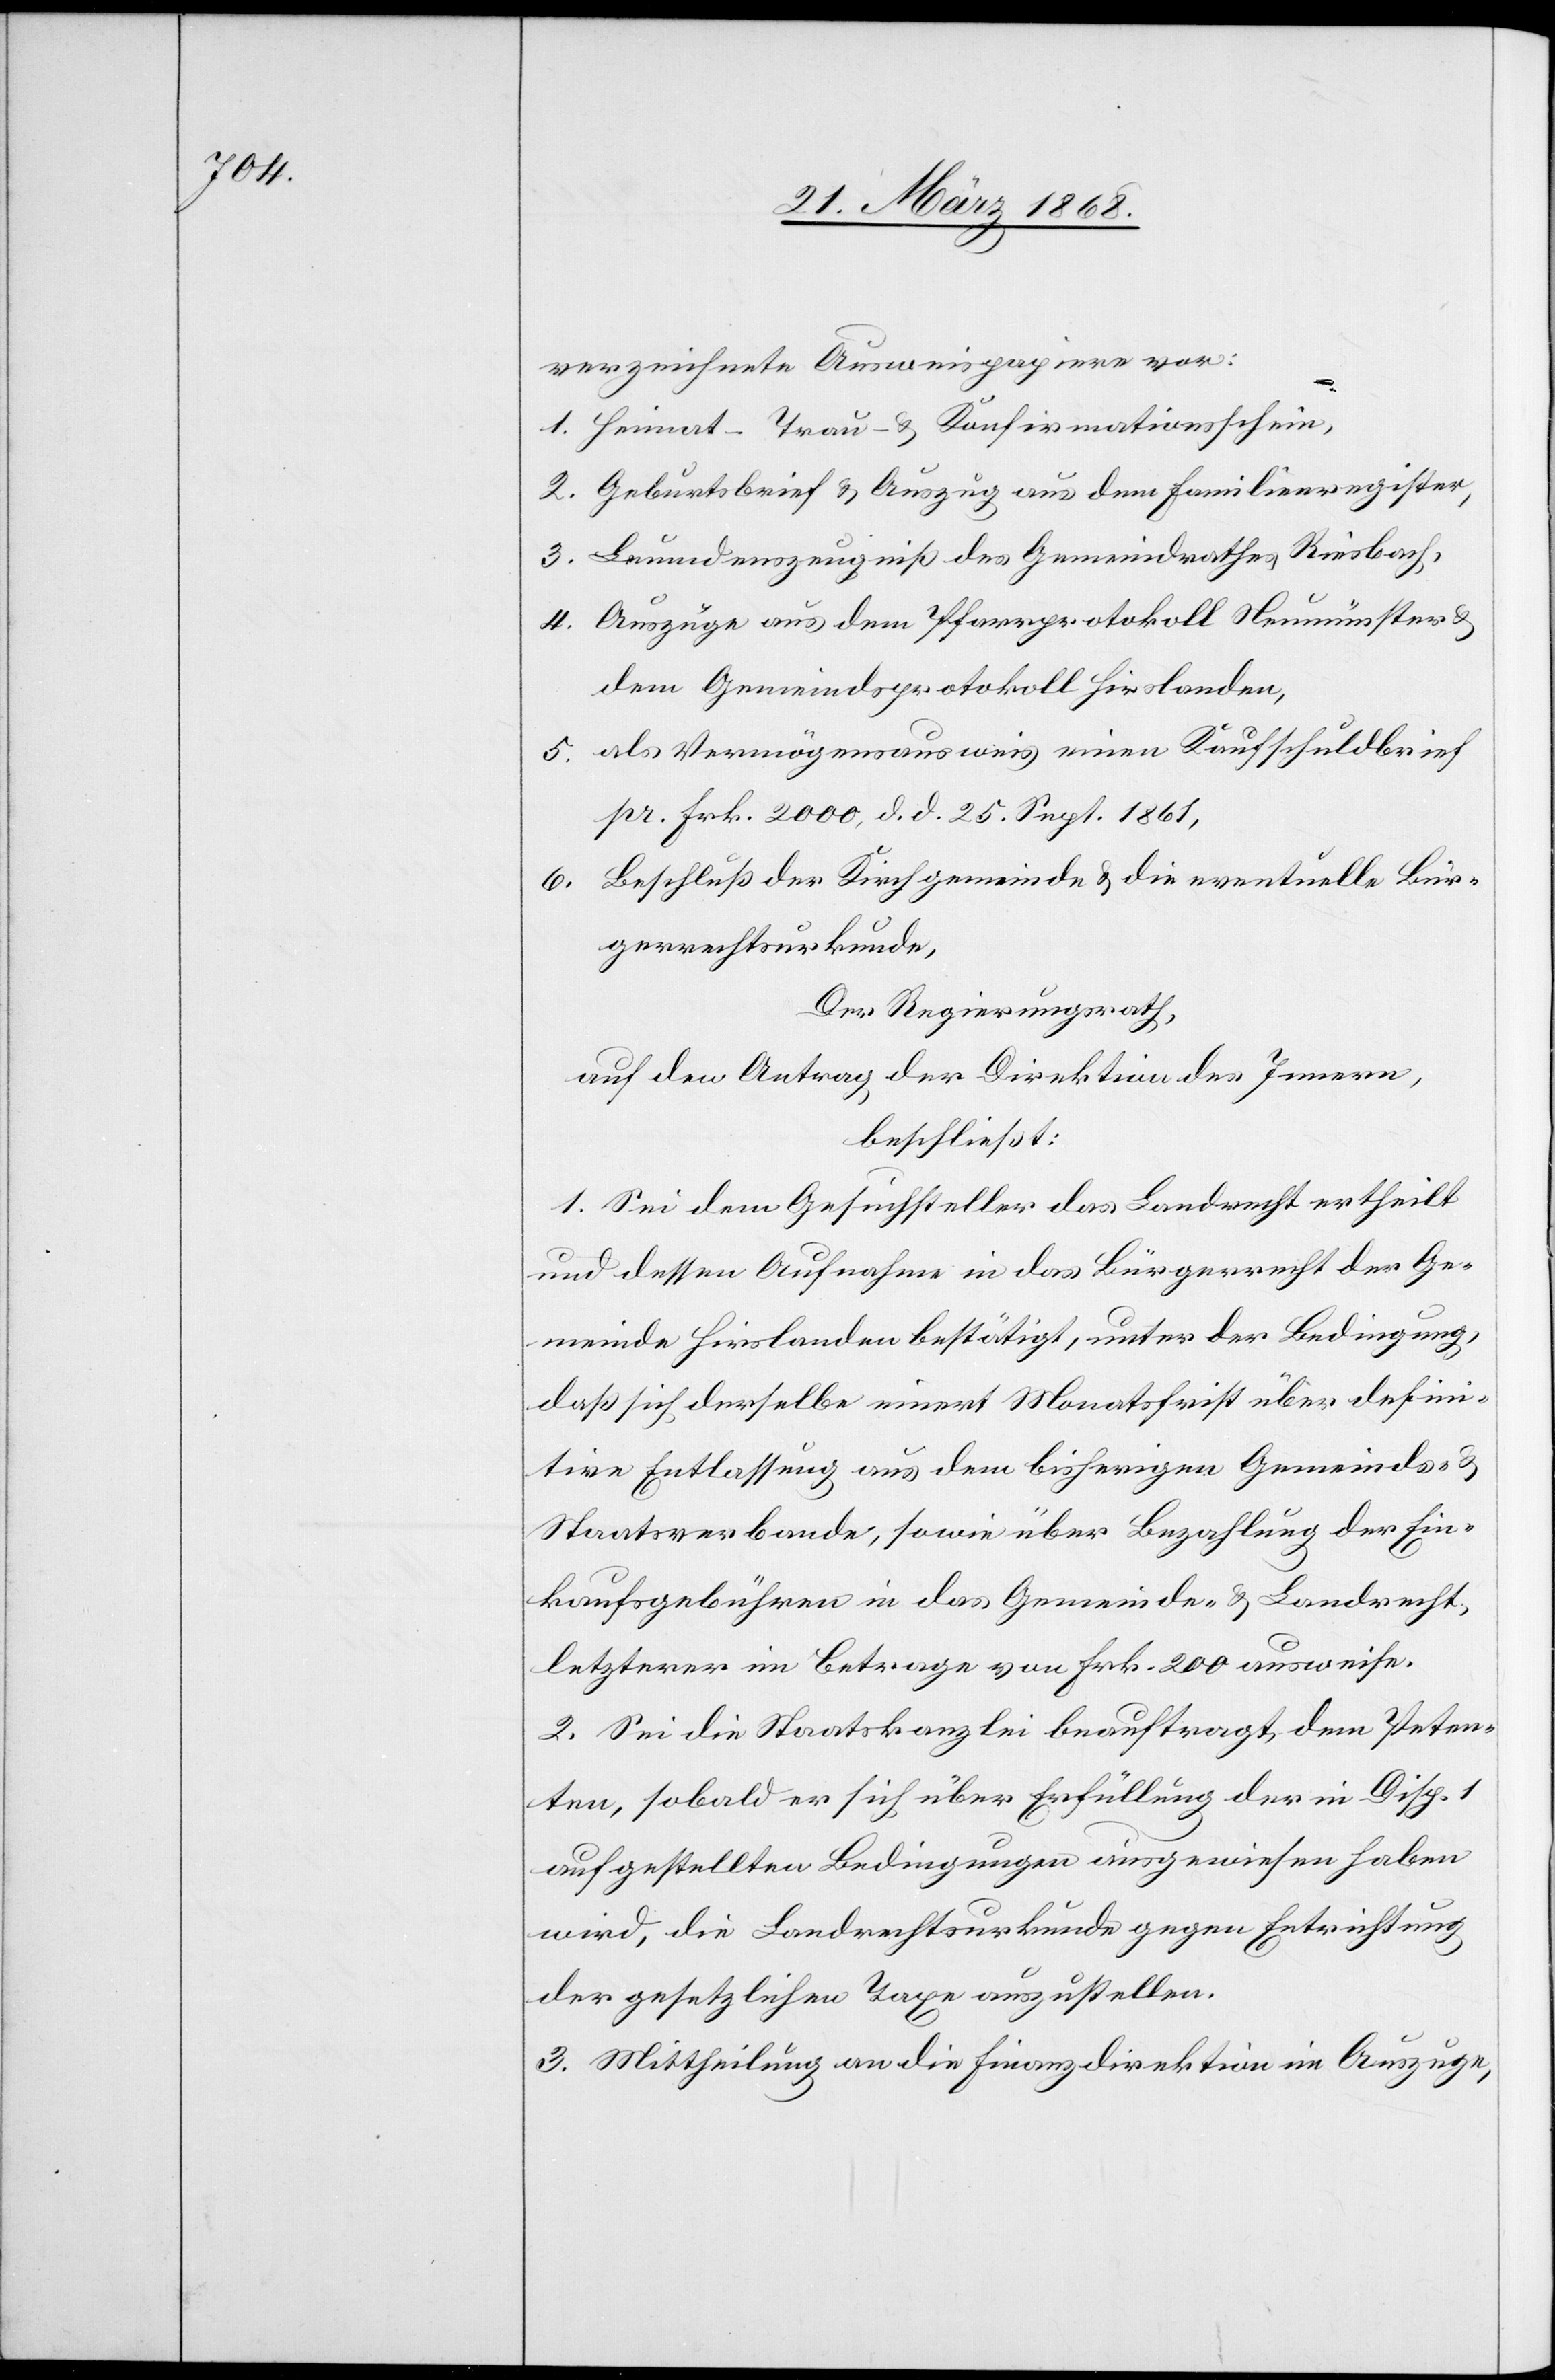
verzeichnete Ausweispapiere vor:
Heimat-[,] Trau- & Konfirmationsschein,
Geburtsbrief & Auszug aus dem Familienregister,
Leumdenszeugniß des Gemeindrathes Riesbach,
Auszüge aus dem Pfarrprotokoll Neumünster &
dem Gemeindsprotokoll Hirslanden,
als Vermögensausweis einen Kaufschuldbrief
pr. Frk. 2000, d. d. 25. Sept. 1861,
Beschluß der Kirchgemeinde & die eventuelle Bür¬
gerrechtsurkunde,
Der Regierungsrath,
auf den Antrag der Direktion des Innern,
beschließt:
1. Sei dem Gesuchsteller das Landrecht ertheilt
und dessen Aufnahme in das Bürgerrecht der Ge¬
meinde Hirslanden bestätigt, unter der Bedingung,
daß sich derselbe innert Monatsfrist über defini¬
tive Entlassung aus dem bisherigen Gemeinds- &
Staatsverbande, sowie über Bezahlung der Ein¬
kaufsgebühren in das Gemeinde- & Landrecht,
letzterer im Betrage von Frk. 200 ausweise.
2. Sei die Staatskanzlei beauftragt, dem Peten¬
ten, sobald er sich über Erfüllung der in Disp. 1
aufgestellten Bedingungen ausgewiesen haben
wird, die Landrechtsurkunde gegen Entrichtung
der gesetzlichen Taxe auszustellen.
3. Mittheilung an die Finanzdirektion im Auszuge,